Tartu_kinnistusamet, lk 21
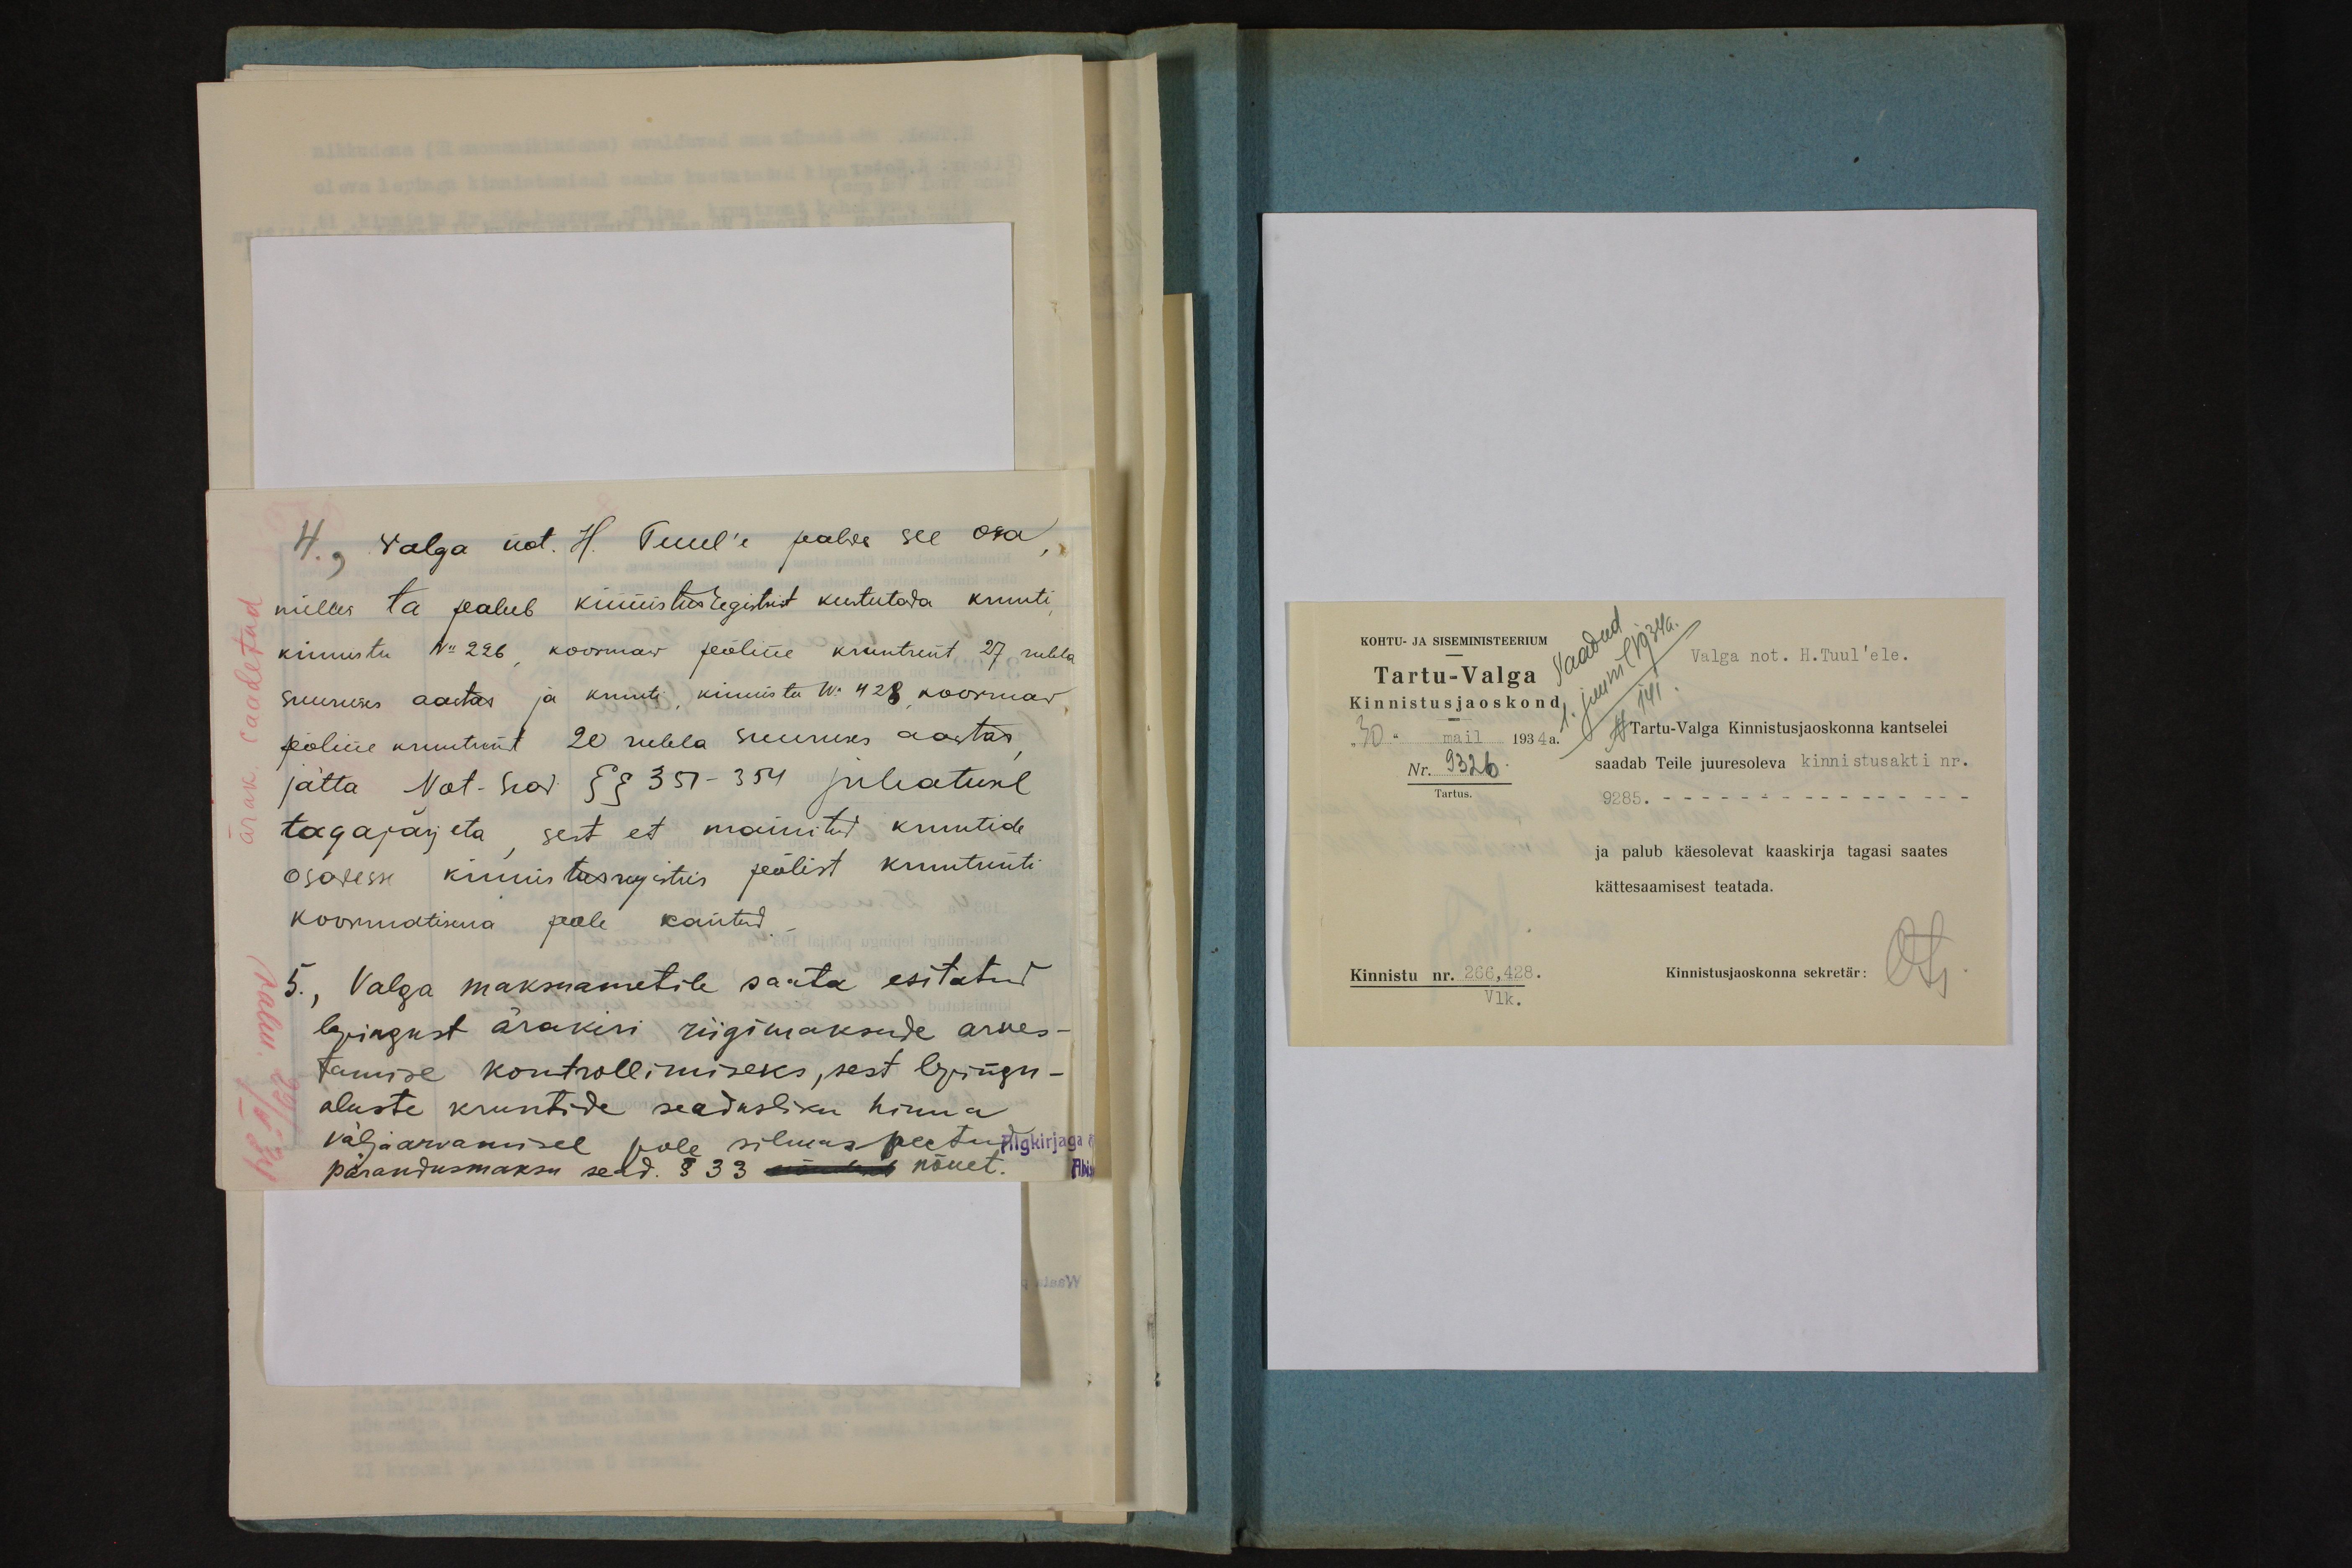
ärak. saadetud
valm. 29/ V 34

4., Valga not. H. Tuul'e palwe see osa,
milles ta pealub kinnistustegistrist kustutada krunti
kinnistu No 226 koormav põline kruntrent 27 rubla
suuruses aastas ja krunti, kinnistu No 428, koormav
põline kruntrent 20 rubla suuruses aastas.
jätta Not. sead §§ 351-354 juhatusel
tagajärjeta, sest et mainitud kruntide
osadesse kinnistusregistris põlist kruntrenti
koormatisena pole kantud.
5, Valga maksuametile saata esitatud
lepingust ärakiri riigimaksude arves-
tamise kontrollimiseks, sest lepingu-
aluste kruntide seadusliku hinna
väljaarvamisel pole silmas peetud Algkirjaga
pärandusmaksu sead. § 33 nõuet.

KOHTU- JA SISEMINISTEERIUM
Saadud
Valga not. H. Tuule'le
Tartu-Valga
1. juunil 1934
Kinnistusjaoskond
No 141
Tartu-Valga Kinnistusjaoskonna kantselei
"30" mail 1934
saadab Teile juuresoleva kinnistusakti nr.
Nr 9326
9285.
Tartus.
ja palub käesolevat kaaskirja tagasi saates
kättesaamisest teatada.
Kinnistu nr. 266, 428.
Oh
Kinnistusjaoskonna sekretär:
Vlk.